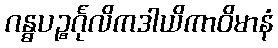
ဂန္ဓပဉ္စင်္ဂုလိကဒါယိကာဝိမာနံ